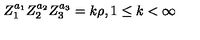
Z _ { 1 } ^ { a _ { 1 } } Z _ { 2 } ^ { a _ { 2 } } Z _ { 3 } ^ { a _ { 3 } } = k \rho , 1 \leq k < \infty